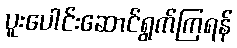
ပူးပေါင်းဆောင်ရွက်ကြရန်